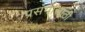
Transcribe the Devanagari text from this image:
प्रसंगांसाठी